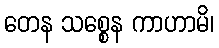
တေန သစ္စေန ကာဟာမိ၊